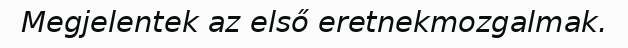
Megjelentek az első eretnekmozgalmak.